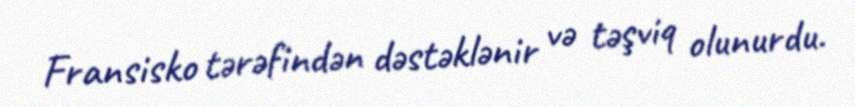
Fransisko tərəfindən dəstəklənir və təşviq olunurdu.